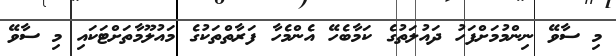
މި ސާވޭ ނިންމުމަށްފަހު ދައުލަތުގެ ކަމާބެހޭ އެންމެހާ ފަރާތްތަކުގެ މައުލޫމާތަށްޓަކައި މި ސާވޭ